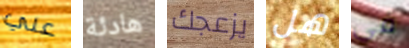
علي هادئة يزعجك هل في